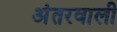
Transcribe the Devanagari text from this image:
अंतरवाली